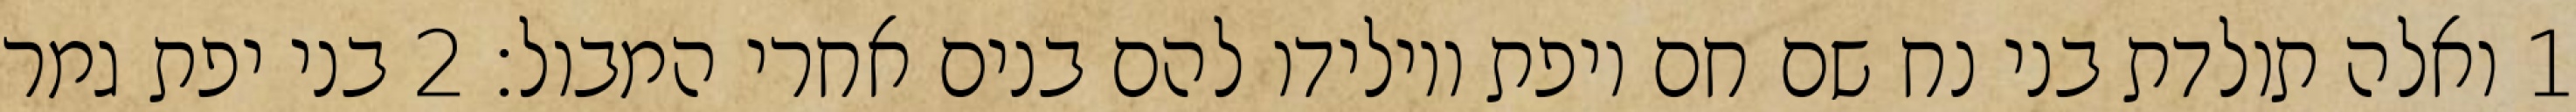
1 ואלה תולדת בני נח שם חם ויפת ויולידו להם בנים אחרי המבול׃ ‎2‏ בני יפת גמר